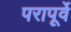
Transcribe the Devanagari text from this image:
परापूर्वे